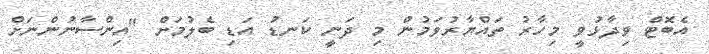
އެބޮޓް ވިދާޅުވީ މިހާރު ތައްޔާރުވަމުން މި ދަނީ ކަނޑު އަޑި ބެލުމަށް "އިންސާނުންނަށް